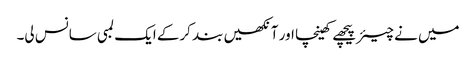
میں نے چیئر پیچھے کھینچا اور آنکھیں بند کرکے ایک لمبی سانس لی۔